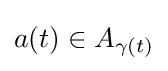
a(t)\in A_{\gamma (t)}